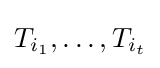
T_{i_{1}},\dotsc ,T_{i_{t}}